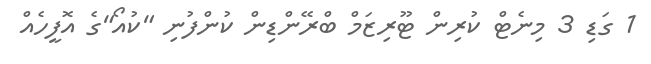
1 ގަޑި 3 މިނެޓް ކުރިން ޓޫރިޒަމް ބްރޭންޑިން ކުންފުނި "ކުއޯ"ގެ އޮފީހެއް